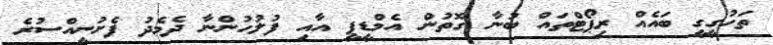
ތަހުގީގީ ބައެއް ރިޕޯޓްތައް ބުނާ ގޮތުން އެމްޑީޕީ އާއި ފުލުހުންނާ ދެމެދު ފެށުނީއްސުރެ